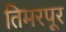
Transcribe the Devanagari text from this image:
तिमरपूर